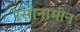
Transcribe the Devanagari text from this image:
रेसीनामीन